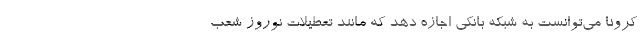
کرونا می‌توانست به شبکه بانکی اجازه دهد که مانند تعطیلات نوروز شعب